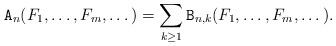
LaTeX: \begin{align*}\mathtt A_n(F_1,\dots,F_m,\dots)=\sum_{k\geq 1}\mathtt B_{n,k}(F_1,\dots,F_m,\dots).\end{align*}